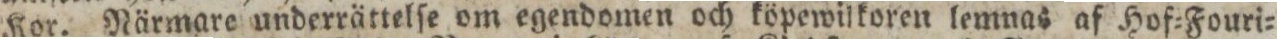
Kor. Närmare underrättelſe om egendomen och köpewilkoren lemnas af Hof=Fouri=